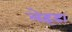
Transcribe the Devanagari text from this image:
लेइडा